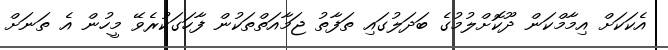
އެކަކަށް އިމާމްކަން ދޫކޮށްލުމުގެ ބަދަލުގައި ތަފާތު ޖަމާއަތްތަކުން ފާހަގަކުރެވޭ މީހުން އެ ތަނަށް